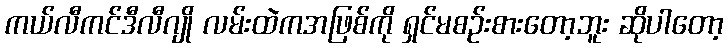
ကယ်လီကင်ဒီလီဂျို လမ်းထဲကအဖြစ်ကို ရှင်မစဉ်းစားတော့ဘူး ဆိုပါတော့